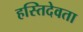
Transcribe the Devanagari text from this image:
हस्तिदेवता